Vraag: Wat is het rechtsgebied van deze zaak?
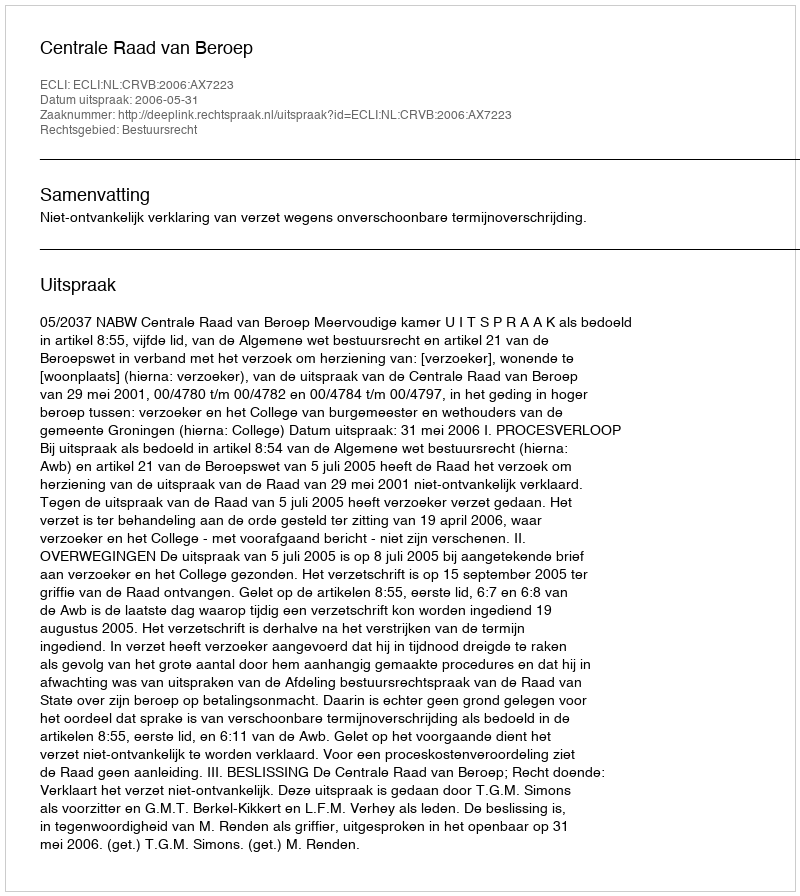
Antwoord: Bestuursrecht